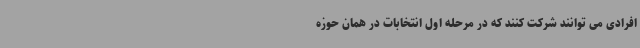
افرادی می توانند شرکت کنند که در مرحله اول انتخابات در همان حوزه